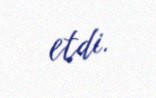
etdi.